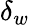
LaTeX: \delta_{w}